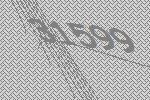
31599